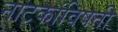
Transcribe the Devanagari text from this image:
नाटकांविषती